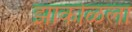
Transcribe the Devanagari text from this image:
झाकोळला